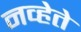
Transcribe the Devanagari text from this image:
नव्हेते